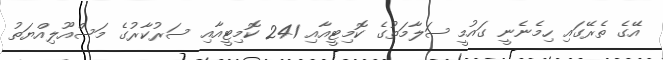
އޭގެ ތެރޭގައި ހިމެނެނީ ގައުމީ ސަލާމަތުގެ ކޮމިޓީއާއި 241 ކޮމިޓީއާއި ސަރުކާރުގެ މަސްއޫލިއްޔަތު